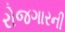
રોજગારની